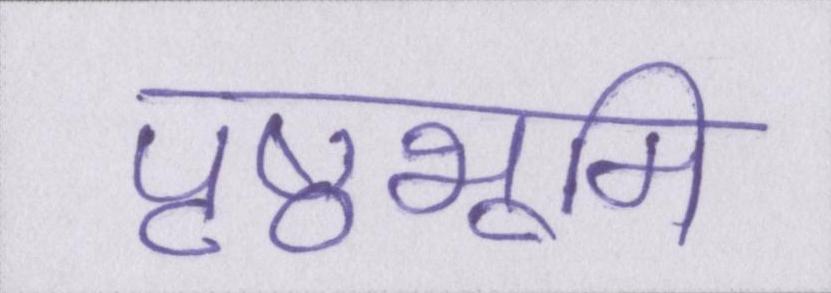
पृष्ठभूमि